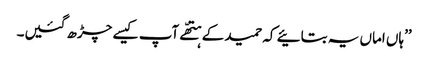
’’ہاں اماں یہ بتائیے کہ حمید کے ہتھّے آپ کیسے چڑھ گئیں۔